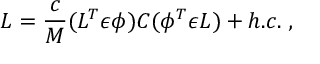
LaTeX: { \cal L } = \frac { c } { M } ( L ^ { T } \epsilon \phi ) C ( \phi ^ { T } \epsilon L ) + h . c . \; ,